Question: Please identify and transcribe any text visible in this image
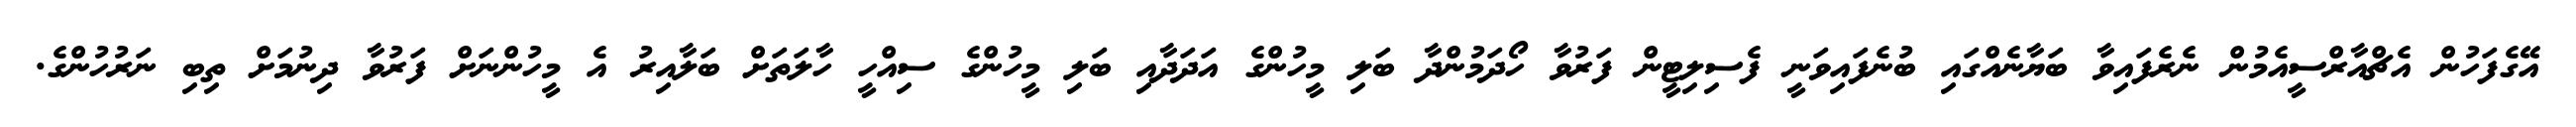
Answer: އޭގެފަހުން އެޗްއާރްސީއެމުން ނެރެފައިވާ ބަޔާނެއްގައި ބުނެފައިވަނީ ފެސިލިޓީން ފަރުވާ ހޯދަމުންދާ ބަލި މީހުންގެ އަދަދާއި ބަލި މީހުންގެ ސިއްހީ ހާލަތަށް ބަލާއިރު އެ މީހުންނަށް ފަރުވާ ދިނުމަށް ތިބި ނަރުހުންގެ.